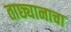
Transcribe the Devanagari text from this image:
ताछ्यानाचा